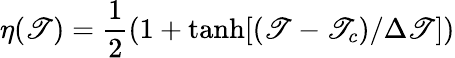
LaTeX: \eta(\mathscr{T})=\frac{{1}}{{2}}(1+\mathrm{{{tanh}}}[(\mathscr{T}-\mathscr{T}_{c})/\Delta\mathscr{T}])